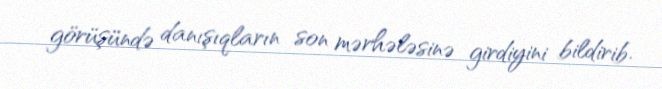
görüşündə danışıqların son mərhələsinə girdiyini bildirib.